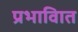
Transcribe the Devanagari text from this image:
प्रभावाित